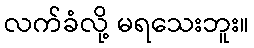
လက်ခံလို့ မရသေးဘူး။